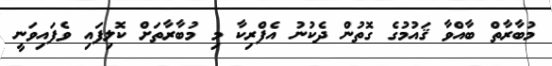
މުބާރާތް ބާއްވާ ޤައުމުގެ ގޮތުން ދެކުނު އެފްރިކާ މި މުބާރާތަށް ކޮލިފައި ވެފައިވަނީ